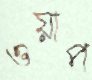
ওয়াপ